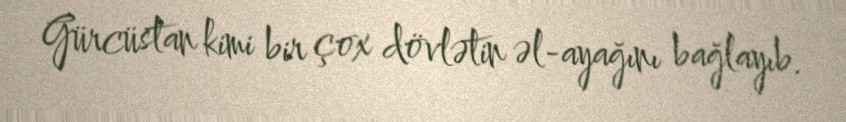
Gürcüstan kimi bir çox dövlətin əl-ayağını bağlayıb.